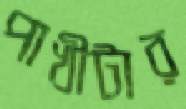
পাখীটার